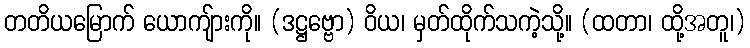
တတိယမြောက် ယောကျ်ားကို။ (ဒဋ္ဌဗ္ဗော) ဝိယ၊ မှတ်ထိုက်သကဲ့သို့။ (ထတာ၊ ထို့အတူ၊)